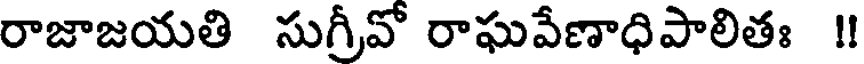
రాజాజయతి సుగ్రీవో రాఘవేణాధిపాలితః !